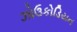
ઝોઉકોડિયન